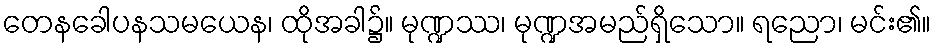
တေနခေါပနသမယေန၊ ထိုအခါ၌။ မုဏ္ဍဿ၊ မုဏ္ဍအမည်ရှိသော။ ရညော၊ မင်း၏။